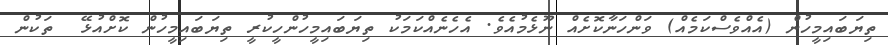
ތިޔަބައިމީހުން (އެއްވެސްކަމެއް) ވަންހަނާކޮށެއް ނޫޅެމުއެވެ. އެހެނެއްކަމަކު ތިޔަބައިމީހުންހީކުރީ ތިޔަބައިމީހުން ކޮށްއުޅޭ  ތަކުން